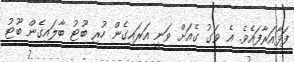
ފަޅާއަރާފައެވެ. އެ ވަގު ގެއަށް ވަނީ އަރައިގެން ހުރި ބޫޓު ބާލައިގެން ބޫޓު